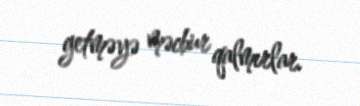
getməyə məcbur qalmırlar.